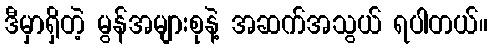
ဒီမှာရှိတဲ့ မွန်အများစုနဲ့ အဆက်အသွယ် ရပါတယ်။